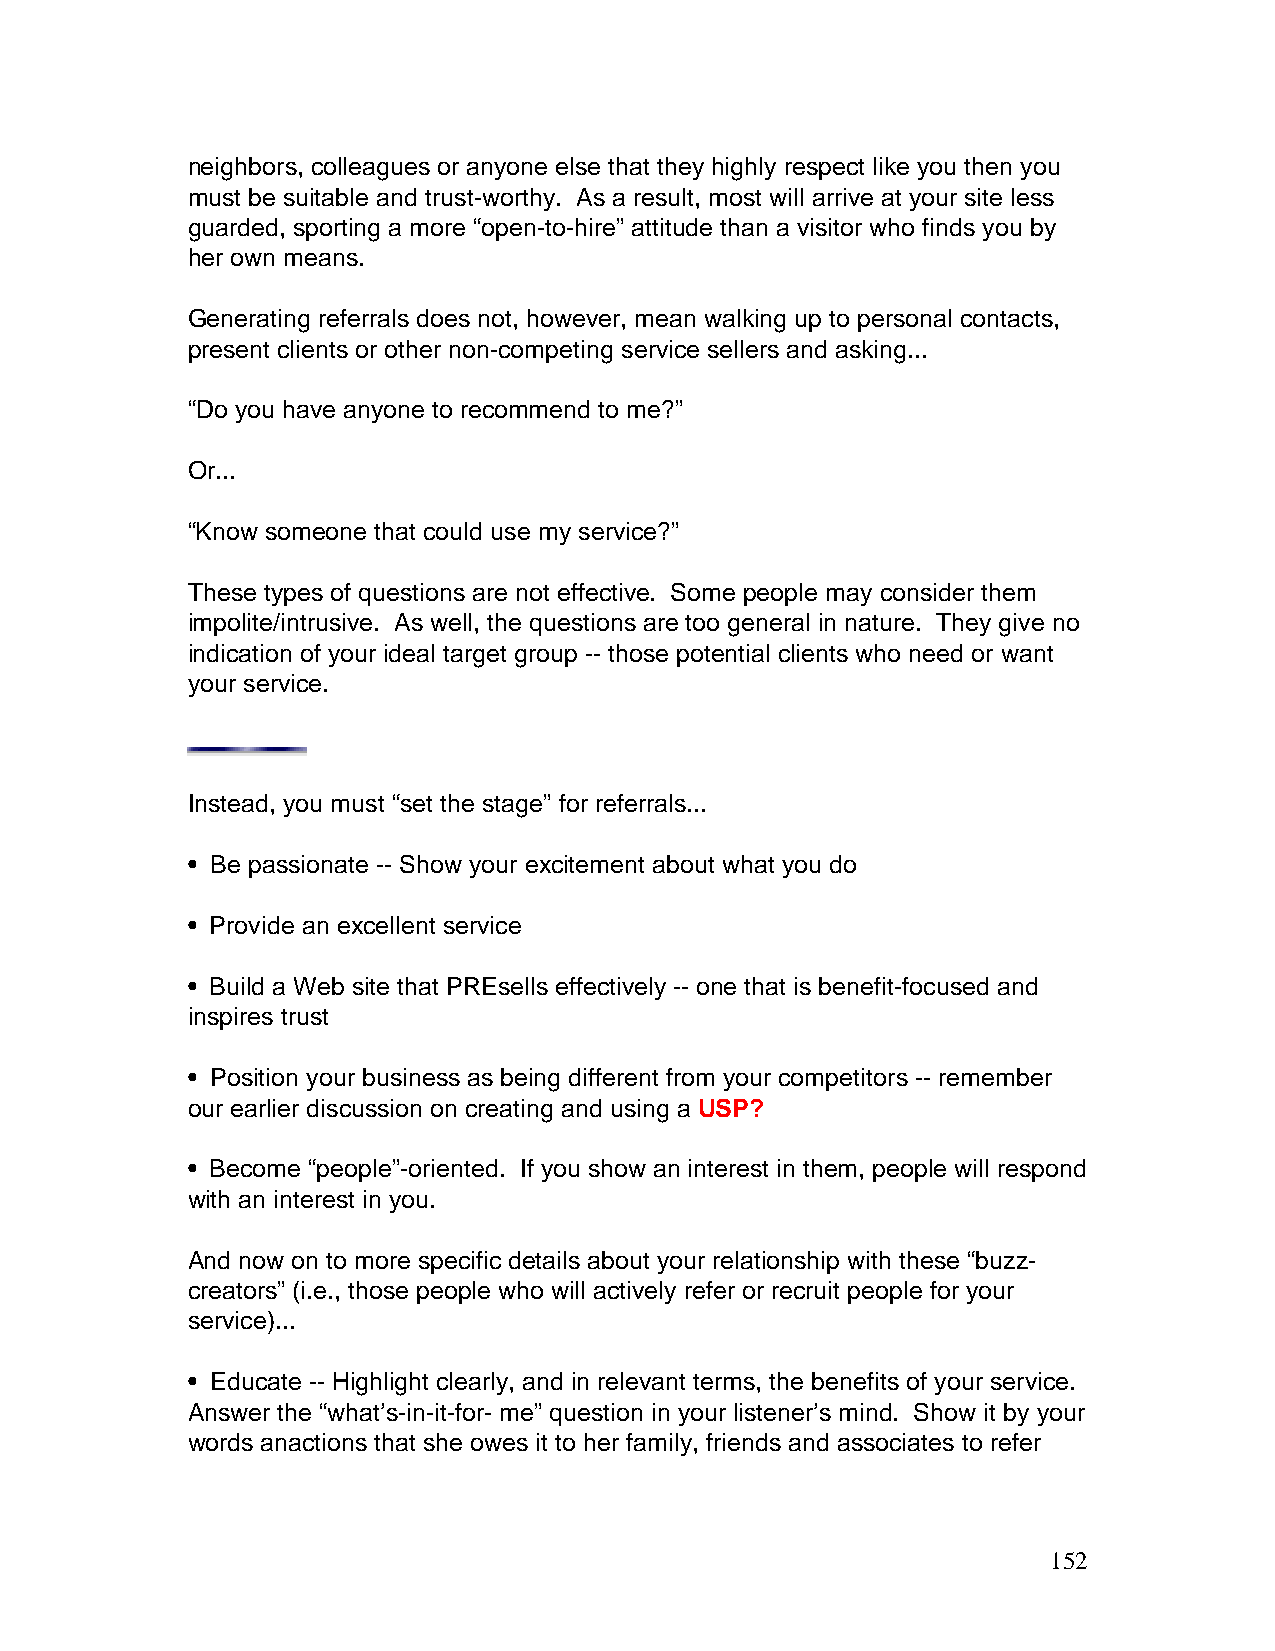
neighbors, colleagues or anyone else that they highly respect like you then you
 must be suitable and trust-worthy. As a result, most will arrive at your site less
 guarded, sporting a more “open-to-hire” attitude than a visitor who finds you by
 her own means.
 Generating referrals does not, however, mean walking up to personal contacts,
 present clients or other non-competing service sellers and asking...
 “Do you have anyone to recommend to me?”
 Or...
 “Know someone that could use my service?”
 These types of questions are not effective. Some people may consider them
 impolite/intrusive. As well, the questions are too general in nature. They give no
 indication of your ideal target group -- those potential clients who need or want
 your service.
 Instead, you must “set the stage” for referrals...
 • Be passionate -- Show your excitement about what you do
 • Provide an excellent service
 • Build a Web site that PREsells effectively -- one that is benefit-focused and
 inspires trust
 • Position your business as being different from your competitors -- remember
 our earlier discussion on creating and using a USP?
 • Become “people”-oriented. If you show an interest in them, people will respond
 with an interest in you.
 And now on to more specific details about your relationship with these “buzz-
 creators” (i.e., those people who will actively refer or recruit people for your
 service)...
 • Educate -- Highlight clearly, and in relevant terms, the benefits of your service.
 Answer the “what’s-in-it-for- me” question in your listener’s mind. Show it by your
 words anactions that she owes it to her family, friends and associates to refer
 152